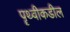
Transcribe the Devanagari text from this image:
पॄथ्वीकडील